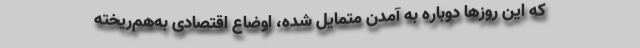
که این روزها دوباره به آمدن متمایل شده، اوضاع اقتصادی به‌هم‌ریخته‌